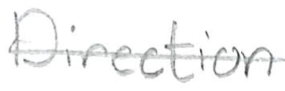
Text: Direction
Cross-out: single-line
Writing tool: pencil